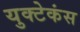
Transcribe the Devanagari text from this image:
युक्टेकंस